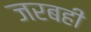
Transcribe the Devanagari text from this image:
जरबही